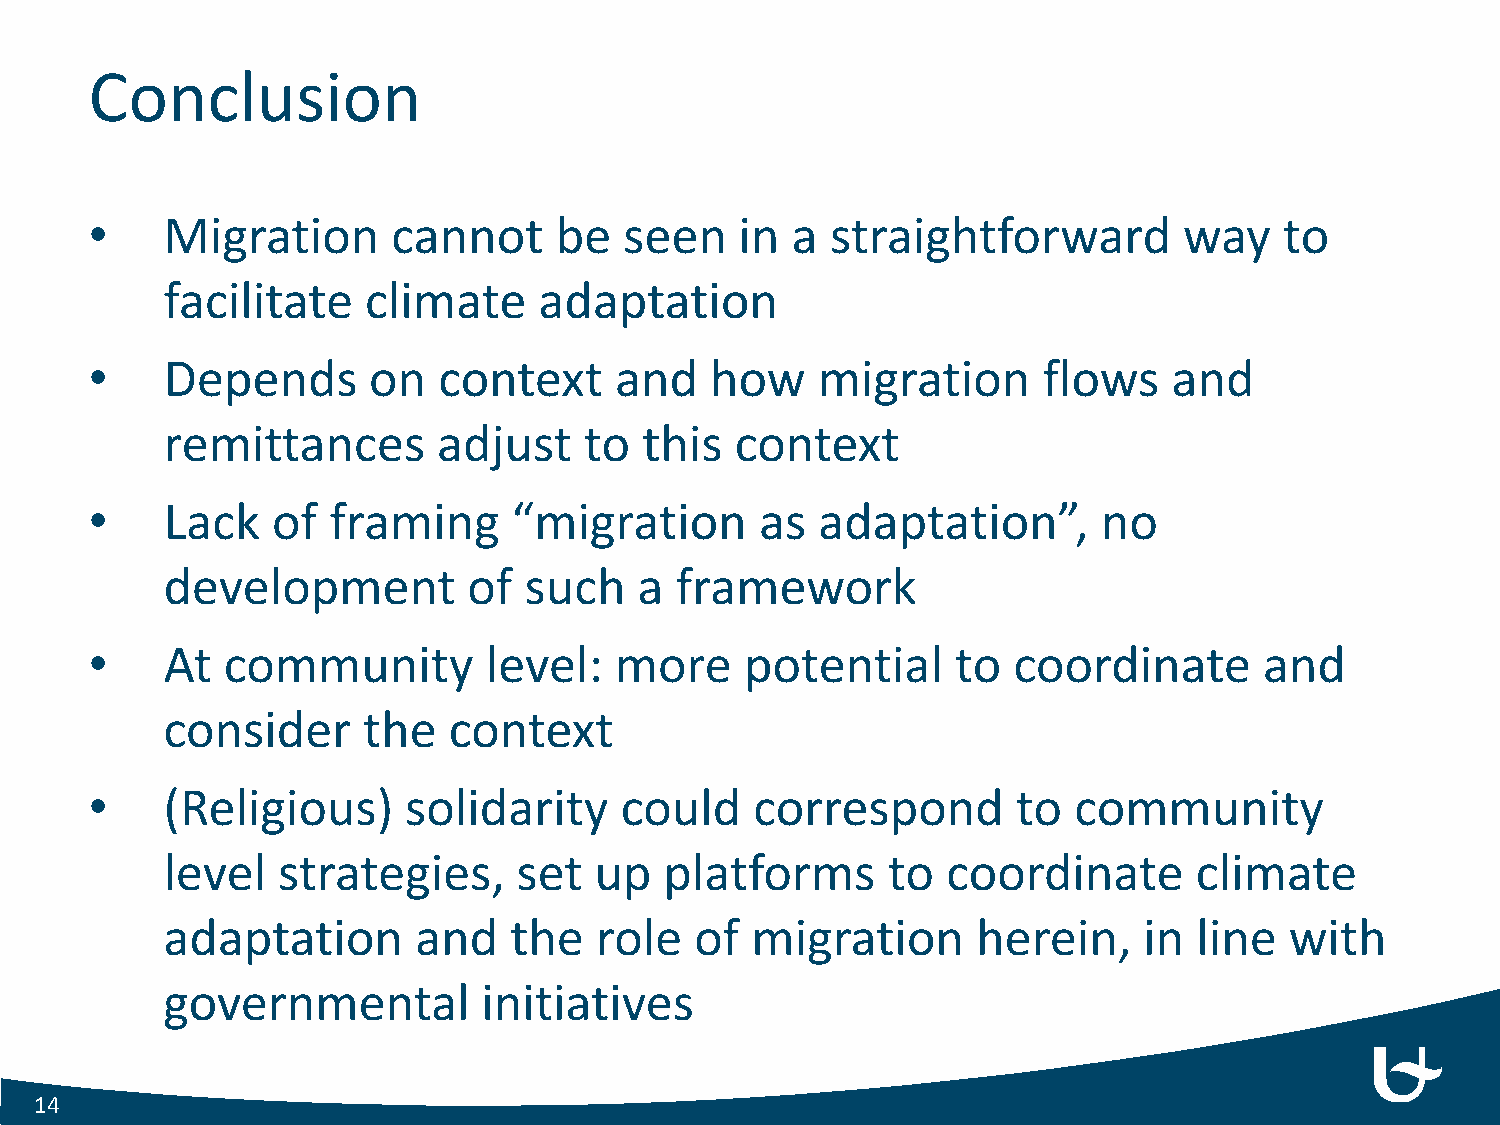
Conclusion
 •    Migration      cannot     be  seen    in a  straightforward        way    to
 facilitate   climate     adaptation
 •    Depends      on   context     and   how    migration      flows    and
 remittances       adjust    to  this  context
 •    Lack   of  framing     “migration      as  adaptation”,       no
 development         of  such   a  framework
 •    At  community        level:   more    potential     to  coordinate       and
 consider     the   context
 •    (Religious)     solidarity    could    correspond       to  community
 level  strategies,     set  up   platforms      to  coordinate      climate
 adaptation      and    the  role   of  migration      herein,    in line  with
 governmental         initiatives
 14